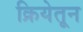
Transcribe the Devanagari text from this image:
क्रियेतून